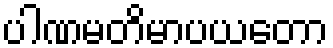
ပါဏမတိမာပယတော